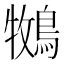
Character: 𮭁